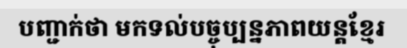
បញ្ជាក់ថា មកទល់បច្ចុប្បន្នភាពយន្តខ្មែរ